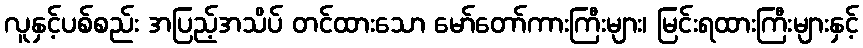
လူနှင့်ပစ်စည်း အပြည့်အသိပ် တင်ထားသော မော်တော်ကားကြီးများ၊ မြင်းရထားကြီးများနှင့်